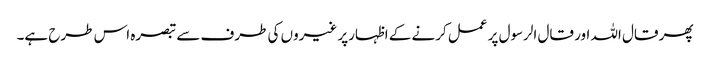
پھر قال اللہ اور قال الرسول پر عمل کرنے کے اظہارپر غیروں کی طرف سے تبصرہ اس طرح ہے۔